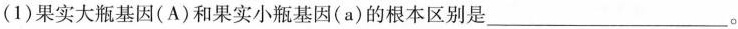
(1)果实大瓶基因(A)和果实小瓶基因(a)的根本区别是___。